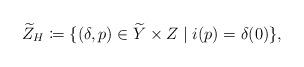
LaTeX: \begin{align*} \widetilde Z_H\coloneqq\{(\delta,p)\in\widetilde Y\times Z\mid i(p)=\delta(0)\},\end{align*}